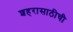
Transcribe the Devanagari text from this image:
शहरासाठीची